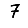
Digit: 7